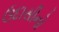
ઉદાસીનો